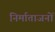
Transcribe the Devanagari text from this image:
निर्माताजनों